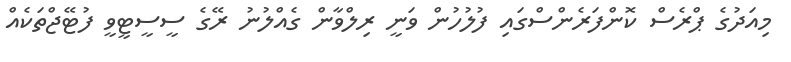
މިއަދުގެ ޕްރެސް ކޮންފަރެންސްގައި ފުލުހުން ވަނީ ރިލްވާން ގެއްލުނު ރޭގެ ސީސީޓީވީ ފުޓޭޖްތަކެއް